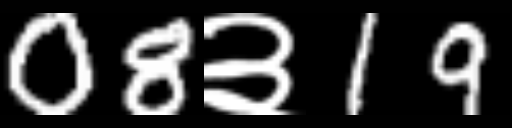
Text: 08३19